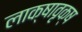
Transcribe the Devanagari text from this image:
लाक्षावृक्ष